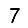
Digit: 7